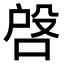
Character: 𠶳